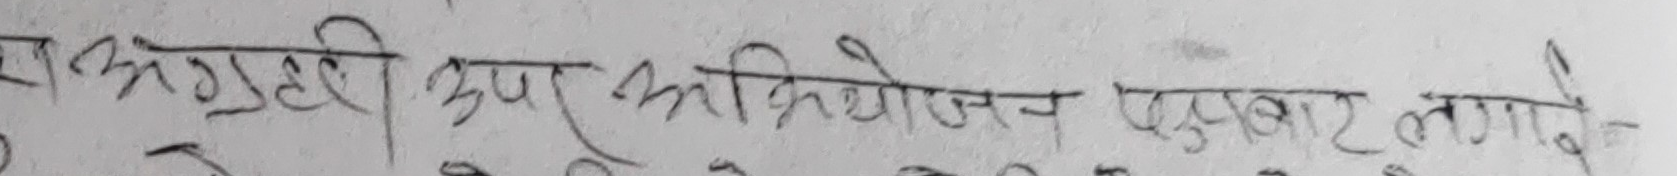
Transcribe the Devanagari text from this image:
एकमुष्ट रुप आभियोजन पुकार लगाए-